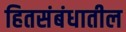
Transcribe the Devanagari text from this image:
हितसंबंधातील